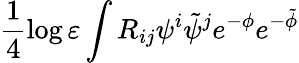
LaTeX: \frac 14\log\varepsilon\int R_{ij}\psi^{i}\tilde{\psi}^{j}e^{-\phi}e^{-\tilde{\phi}}